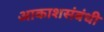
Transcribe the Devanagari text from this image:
आकाशसंबंधी